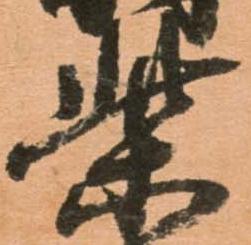
柴